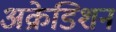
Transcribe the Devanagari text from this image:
अक्रेडिशन